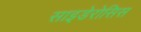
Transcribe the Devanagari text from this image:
साइडेरोसिस